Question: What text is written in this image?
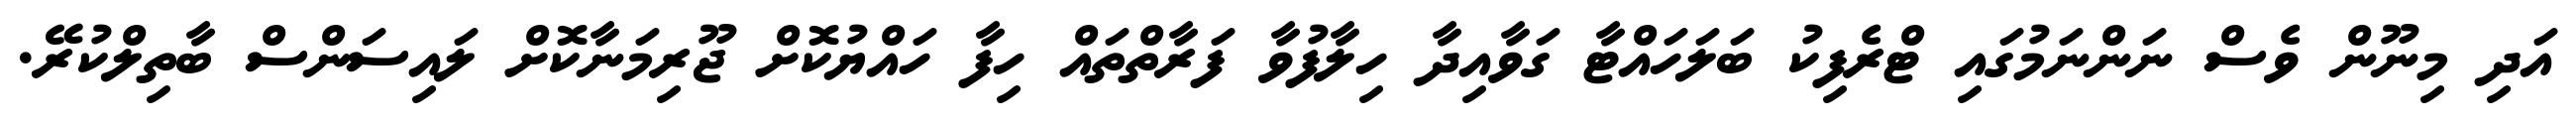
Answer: އަދި މިނޫން ވެސް ނަންނަމުގައި ޓްރެފިކު ބަލަހައްޓާ ގަވާއިދާ ހިލާފުވާ ފަރާތްތައް ހިފާ ހައްޔުކޮށް ޖޫރިމަނާކޮށް ލައިސަންސް ބާތިލްކުރޭ.